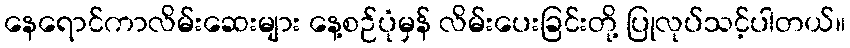
နေရောင်ကာလိမ်းဆေးများ နေ့စဉ်ပုံမှန် လိမ်းပေးခြင်းတို့ ပြုလုပ်သင့်ပါတယ်။